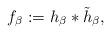
LaTeX: \begin{align*}f_\beta := h_\beta * \tilde{h}_\beta,\end{align*}